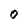
Character: O